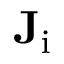
\mathbf { J } _ { \mathrm { i } }